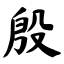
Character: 殷